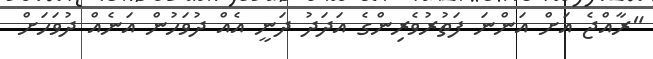
"ރާއްޖެ އަށް އަންނަ ފަތުރުވެރިންގެ އަދަދު ދަނީ އެއް ދުވަހުން އަނެއް ދުވަހަށް